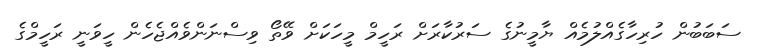
ސަބަބުން ހުރިހާގެއްލުމެއް ޔާމީނުގެ ސަރުކާރަށް ރަހީމް މީހަކަށް ވޭތޯ ވިސްނަންވެއްޖެހެން ހީވަނީ ރަހީމްގެ